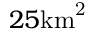
2 5 \mathrm { { k m } ^ { 2 } }